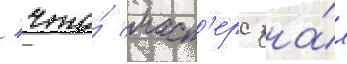
/ что́ маст'ерс зна́л